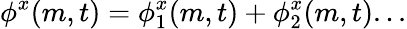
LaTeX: \phi^{x}(m,t)=\phi_{1}^{x}(m,t)+\phi_{2}^{x}(m,t)...